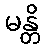
မန္တိ